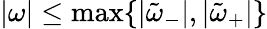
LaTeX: |\omega|\leq\operatorname*{max}\lbrace|\tilde{\omega}_{-}|,|\tilde{\omega}_{+}|\rbrace